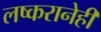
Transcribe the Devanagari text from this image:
लष्करानेही